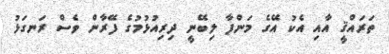
ތަރައްޤީ އާއި އެކު އޭގެ މަންފާ ލިބޭނީ ދިރިއުޅުމުގެ ފޭރާން ވެސް ރަނގަޅު